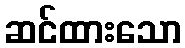
ဆင်ထားသော